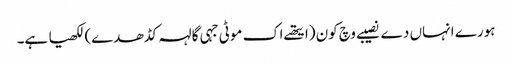
ہورے انہاں دے نصیبے وچ کون (ایتھے اک موٹی جہی گالہہ کڈھدے) لکھیا ہے۔